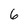
Character: 6